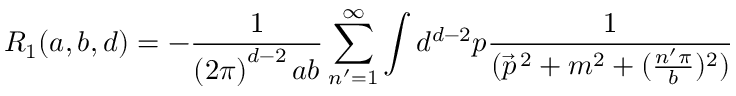
R _ { 1 } ( a , b , d ) = - \frac { 1 } { \left( 2 \pi \right) ^ { d - 2 } a b } \sum _ { n ^ { \prime } = 1 } ^ { \infty } \int d ^ { d - 2 } p \frac { 1 } { ( \vec { p } ^ { \, 2 } + m ^ { 2 } + ( \frac { n ^ { \prime } \pi } { b } ) ^ { 2 } ) }